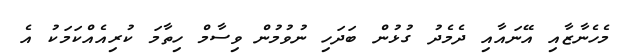
މެހެނާޒާއި އޭނައާއި ދެމެދު ގުޅުން ބަދަހި ނުވުމުން ވިސާމް ހިތާމަ ކުރިއެއްކަމަކު އެ